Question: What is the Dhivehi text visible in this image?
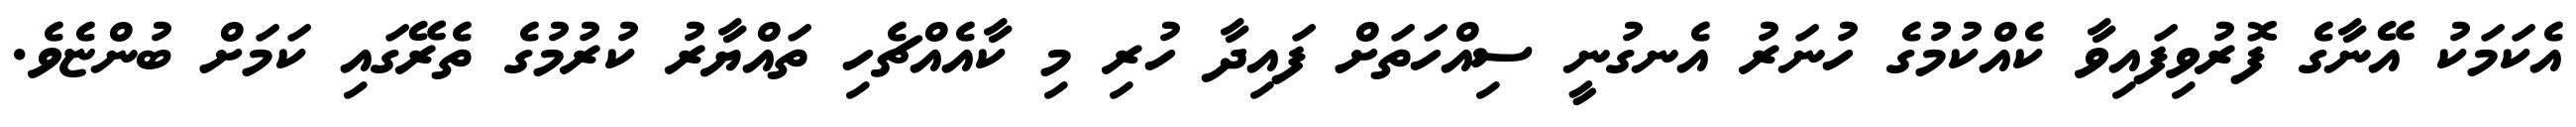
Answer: އެކަމަކު އޭނާގެ ފޮރުވިފައިވާ ކެއްކުމުގެ ހުނަރު އެނގުނީ ސިއްހަތަށް ފައިދާ ހުރި މި ކާއެއްޗެހި ތައްޔާރު ކުރުމުގެ ތެރޭގައި ކަމަށް ބުންޏެވެ.